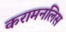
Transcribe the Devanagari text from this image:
करामनलिस